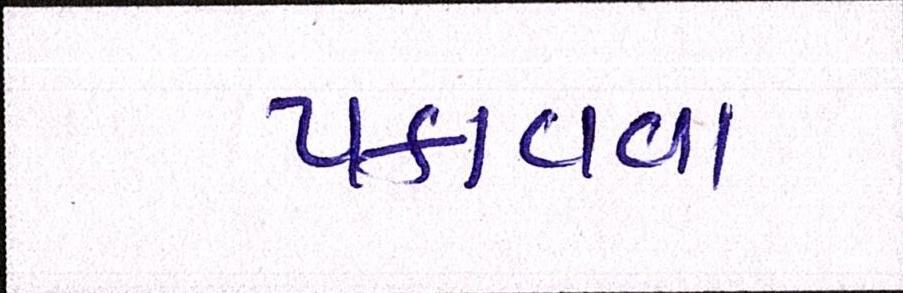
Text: પકાવવા